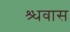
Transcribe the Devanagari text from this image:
श्र्धवास